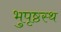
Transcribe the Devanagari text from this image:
भुपृष्ठस्थ